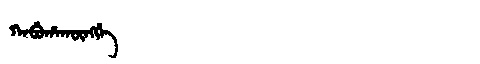
Manchu: ᡴᠠᠪᡠᡥᠠᡴᡡᠩᡤᡝ
Romanization: KABUHAKŪNGGE